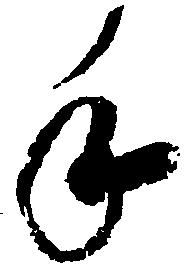
手